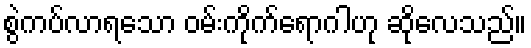
စွဲကပ်လာရသော ဝမ်းကိုက်ရောဂါဟု ဆိုလေသည်။